Investigations on Bengal jail dietaries - Number 37
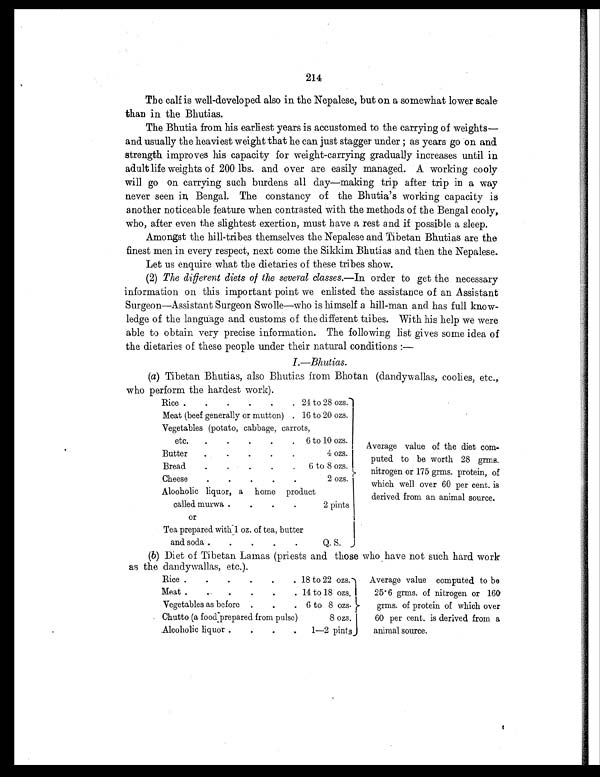
214
The calf is well-developed also in the Nepalese, but on a somewhat lower scale
than in the Bhutias.
The Bhutia from his earliest years is accustomed to the carrying of weights—
and usually the heaviest weight that he can just stagger under ; as years go on and
strength improves his capacity for weight-carrying gradually increases until in
adult life weights of 200 lbs. and over are easily managed. A working cooly
will go on carrying such burdens all day—making trip after trip in a way
never seen in, Bengal. The constancy of the Bhutia's working capacity is
another noticeable feature when contrasted with the methods of the Bengal cooly,
who, after even the slightest exertion, must have a rest and if possible a sleep.
Amongst the hill-tribes themselves the Nepalese and Tibetan Bhutias are the
finest men in every respect, next come the Sikkim Bhutias and then the Nepalese.
Let us enquire what the dietaries of these tribes show.
(2) The different diets of the several classes.—In order to get the necessary
information on this important point we enlisted the assistance of an Assistant
Surgeon—Assistant Surgeon Swolle—who is himself a hill-man and has full know-
ledge of the language and customs of the different tribes. With his help we were
able to obtain very precise information. The following list gives some idea of
the dietaries of these people under their natural conditions :—
T. —Bhutias
(a) Tibetan Bhutias, also Bhutias from Bhotan (dandywallas, coolies, etc.,
who perform the hardest work).
Rice.
.
.
.
. . 24 to 28 ozs.
Average value of the diet co
m p u t e d
t o
b e w o r t h
2 8
g r m s .
Meat (beef generally or mutton) . 16 to 20 ozs.
Vegetables (potato, cabbage, carrots,
etc.
.
.
.
. . 6 to 10 ozs.
Butte
.
.
.
. .
4 ozs.
Bread
.
.
.
.
.
6 to 8 ozs. nitrogen or 175 grms. protein, of
which well over 60 per cent. is
derived from an animal source.
Chees
.
.
.
.
.
2 ozs.
Alooholic liquor, a home product
called. murwa
.
.
.
2 pints
Or
Tea prepared. with 11 oz. of tea, butter
and soda .
.
.
.
.
Q > S >
(b) Diet of Tibetan Lamas (priests and those who have not such hard work
as the dandvwallas, etc.).
Rice . .
.
.
.
. 18 to 22 ozs.
Average value computed to be
25. 6 grms. of nitrogen or 160
grms. of protein of which over
60 per cent. is derived from a
animal source.
Meat . .
.
.
.
. 14 to 18 ozs.
Vegetables as befor
.
.
. 6 to 8 ozs.
Chutto (a food prepared from pulse)
8 ozs.
Alcoholic liquor . .
.
.
1—2 pints